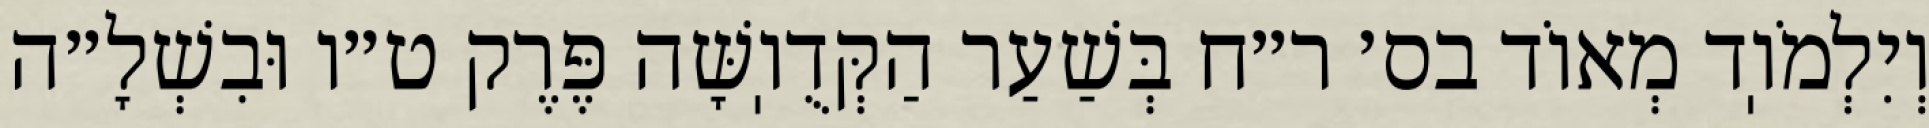
וְיִלְמֹוֽד מְאוֹד בס׳ ר״ח בְּשַׁעַר הַקְּדֻוֽשָּׁה פֶּרֶק ט״ו וּבִשְׁלָ״ה